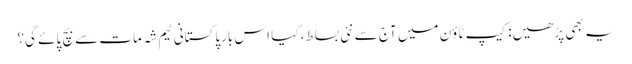
یہ بھی پڑھیں: کیپ ٹاؤن میں آج سے نئی بساط، کیا اس بارپاکستانی ٹیم شہ مات سے بچ پائے گی؟